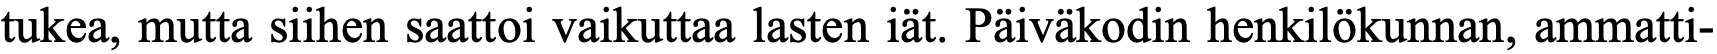
tukea, mutta siihen saattoi vaikuttaa lasten iät. Päiväkodin henkilökunnan, ammatti-